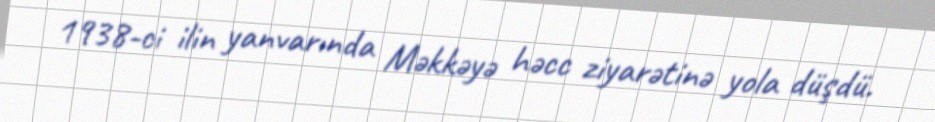
1938-ci ilin yanvarında Məkkəyə həcc ziyarətinə yola düşdü.